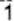
1